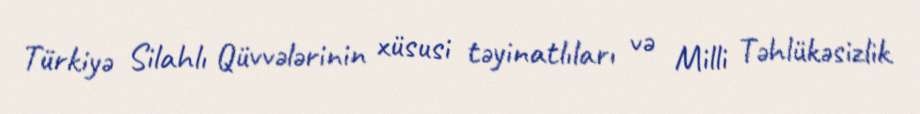
Türkiyə Silahlı Qüvvələrinin xüsusi təyinatlıları və Milli Təhlükəsizlik